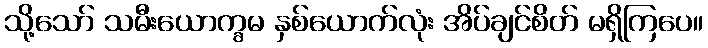
သို့သော် သမီးယောက္ခမ နှစ်ယောက်လုံး အိပ်ချင်စိတ် မရှိကြပေ။